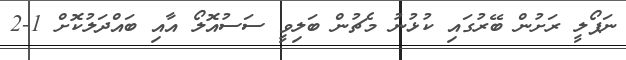
ނަޕޯލީ ރަށުން ބޭރުގައި ކުޅުނު މެޗުން ބަލިވީ ސަސުއޮލޯ އާއި ބައްދަލުކޮށް 1-2